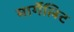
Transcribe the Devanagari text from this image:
मार्गेलिट